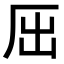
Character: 𠩉